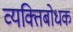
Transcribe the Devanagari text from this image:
व्यक्तिबोधक